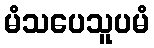
မံသပေသူပမံ